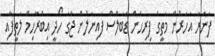
ފަނަރަ އަހަރުން މަތީގެ ފިރިހެން ޑަބަލްސް ފައިނަލުން ޖާގަ ހޯދީ އިބްރާހިމް ލަތީފާއި